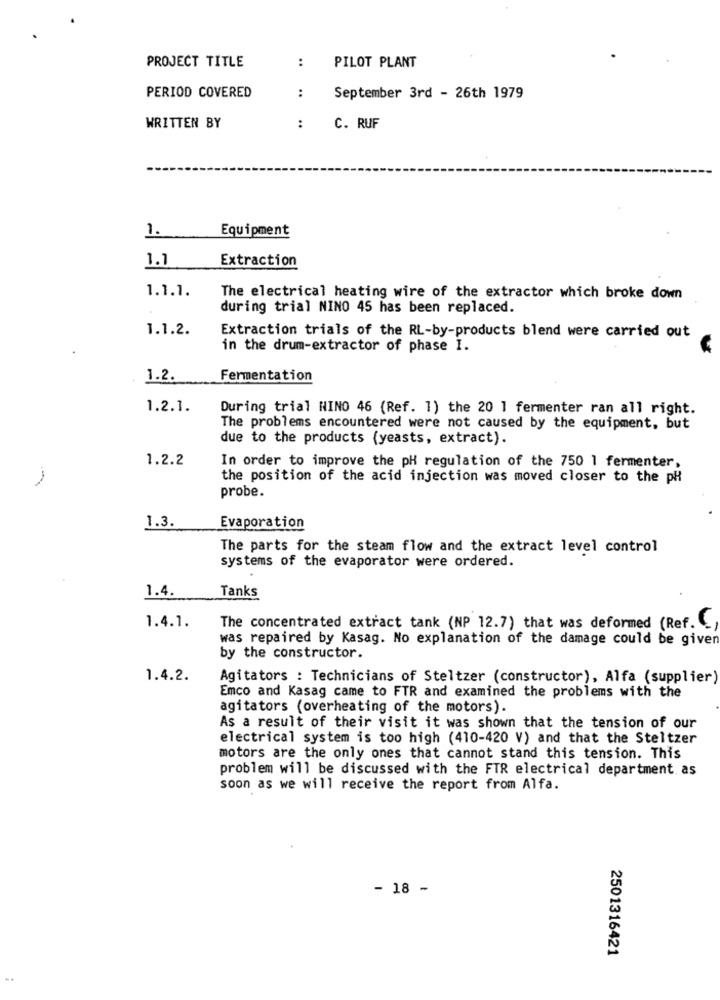
PROJECT TITLE
:
PILOT PLANT
:
PERIOD COVERED
September 3rd - 26th 1979
WRITTEN BY
:
C. RUF
1.
Equipment
1.1
Extraction
1.1.1.
The electrical heating wire of the extractor which broke down
during trial NINO 45 has been replaced.
1.1.2.
Extraction trials of the RL-by-products blend were carried out
in the drum-extractor of phase I.
1.2.
Fermentation
1.2.1.
During trial NINO 46 (Ref. 1) the 20 1 fermenter ran all right.
The problems encountered were not caused by the equipment, but
due to the products (yeasts, extract).
1.2.2
In order to improve the pH regulation of the 750 1 fermenter,
the position of the acid injection was moved closer to the pH
probe.
1.3.
Evaporation
The parts for the steam flow and the extract level control
systems of the evaporator were ordered.
1.4.
Tanks
1.4.1.
The concentrated extract tank (NP 12.7) that was deformed (Ref.
was repaired by Kasag. No explanation of the damage could be given
by the constructor.
1.4.2.
Agitators : Technicians of Steltzer (constructor), Alfa (supplier)
Emco and Kasag came to FTR and examined the problems with the
agitators (overheating of the motors).
As a result of their visit it was shown that the tension of our
electrical system is too high (410-420 V) and that the Steltzer
motors are the only ones that cannot stand this tension. This
problem will be discussed with the FTR electrical department. as
soon as we will receive the report from Alfa.
- 18 -
2501316421